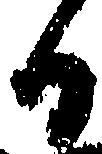
日